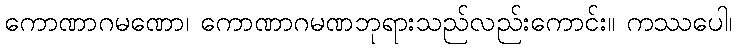
ကောဏာဂမဏော၊ ကောဏာဂမဏဘုရားသည်လည်းကောင်း။ ကဿပေါ၊